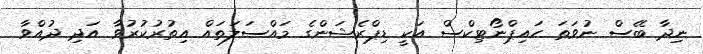
ނިދާ ބޭސް ނުވަތަ ހައިޕްނޯޓިކްސް އަކީ ޑިޕްރެޝަންގެ މައްސަލަތައް އިތުރުކުރުވާ އަދި ދުއްވާ